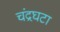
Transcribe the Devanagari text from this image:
चंद्रघटा